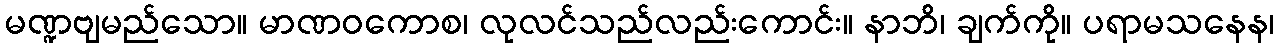
မဏ္ဍဗျမည်သော။ မာဏဝကောစ၊ လုလင်သည်လည်းကောင်း။ နာဘိ၊ ချက်ကို။ ပရာမသနေန၊